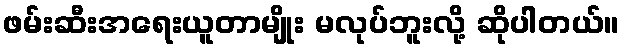
ဖမ်းဆီးအရေးယူတာမျိုး မလုပ်ဘူးလို့ ဆိုပါတယ်။